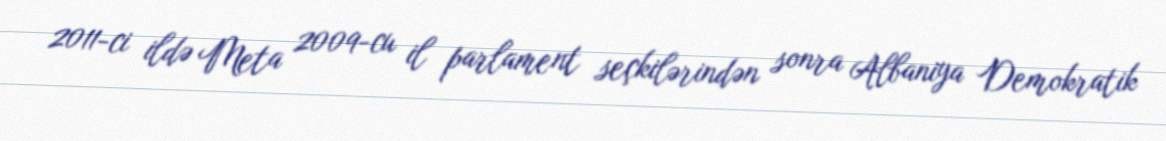
2011-ci ildə Meta 2009-cu il parlament seçkilərindən sonra Albaniya Demokratik